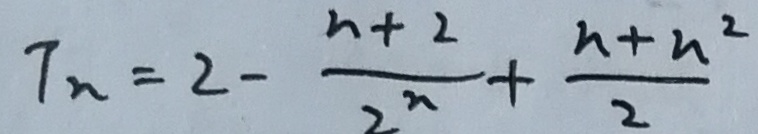
T _ { n } = 2 - \frac { n + 2 } { 2 ^ { n } } + \frac { n + n ^ { 2 } } { 2 }